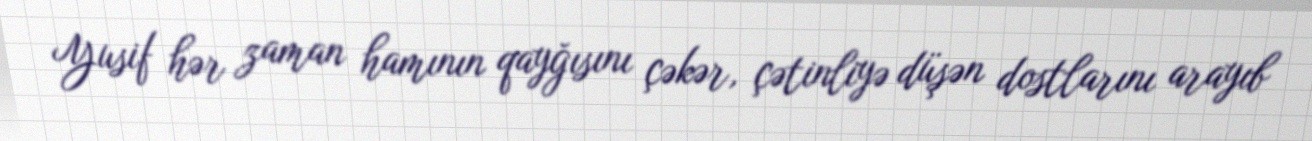
Yusif hər zaman hamının qayğısını çəkər, çətinliyə düşən dostlarını arayıb